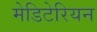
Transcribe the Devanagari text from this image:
मेडिटेरियन